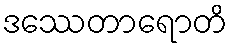
ဒဿေတာရောတိ